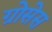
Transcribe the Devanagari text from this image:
ग्रोसेस